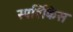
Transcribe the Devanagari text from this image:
स्पर्शिकेस